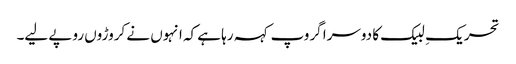
تحریکِ لبیک کا دوسرا گروپ کہہ رہا ہے کہ انہوں نے کروڑوں روپے لیے۔